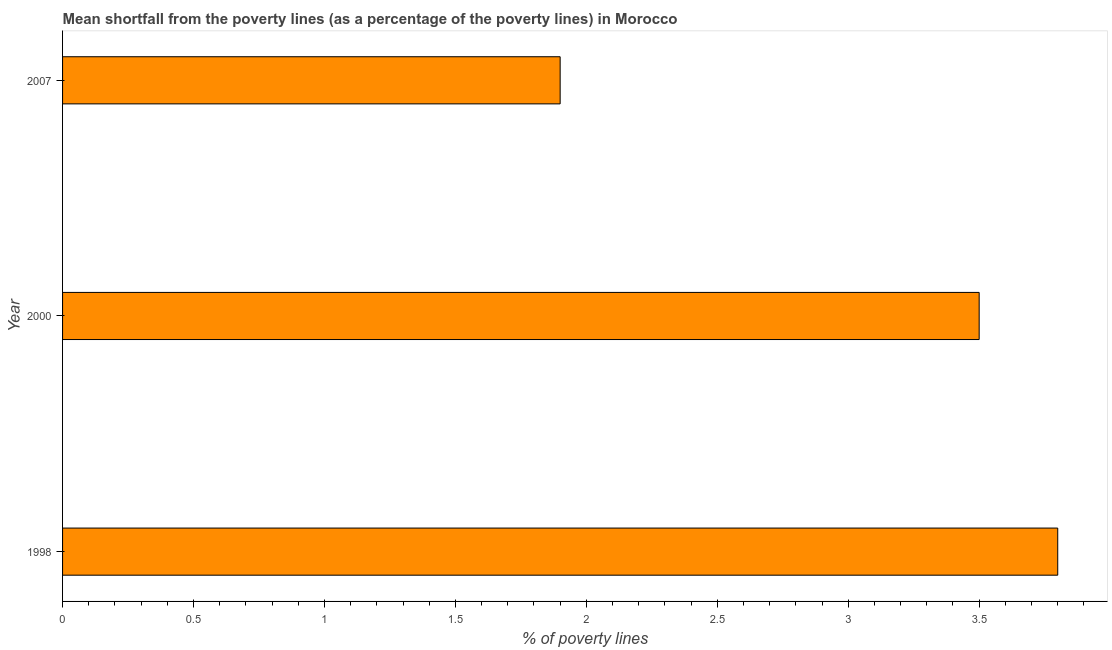
| Year | Poverty gap at national poverty lines |
 | --- | --- |
 | 1998 | 3.8 |
 | 2000 | 3.5 |
 | 2007 | 1.9 |